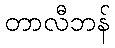
တာလီဘန်